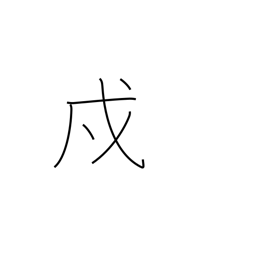
Meaning: protection